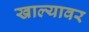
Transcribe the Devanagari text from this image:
खाल्यावर